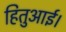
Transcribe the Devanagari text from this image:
हितुआई।